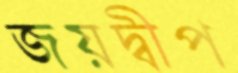
জয়দ্বীপ